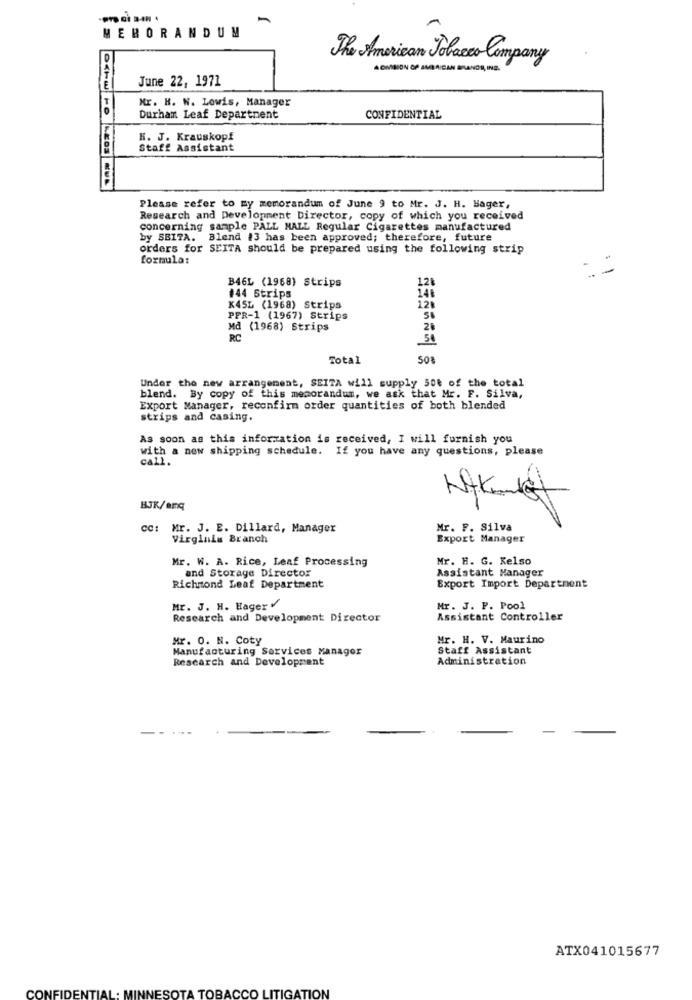
MEMORANDUM
The American Tobacco Company
ADMISION OF AMERICAN BRANDE, IND.
June 22, 1971
Mr. H. W. Lowis, Manager
Durham Leaf Department
CONFIDENTIAL
K. J. Krauskopf
Staff Assistant
Please refer to my memorandum of June 9 to Mr. J. H. Bager,
Research and Development Director, copy of which you received
concerning sample PALL MALL Regular Cigarettes manufactured
by SBITA. Blend #3 has been approved; therefore, future
orders for SEITA should be prepared using the following strip
formula:
B46L (1968) Strips
#44 Strips
146
K45L (1968) Strips
12%
PFR-1 (1967) Strips
Md (1968) Strips
26
RC
50
Total
508
Under the new arrangement, SEITA will supply 500 of the total
blend. By copy of this memorandum, we ask that Mr. F. Silva,
Export Manager, reconfirm order quantities of both blended
strips and casing.
As soon as this information is received, I will furnish you
with a new shipping schedule. If you have any questions, please
call.
BJK/ORq
cc: Mr. J. E. Dillard, Manager
Mr. F. Silva
Virginlu Branch
Export Manager
Mr. W. A. Rice, Leaf Processing
Mr. H. G. Kelso
and Storage Director
Assistant Manager
Export Import Department
Richmond Leaf Department
Mr. J. H. Hager V
Mr. J. P. Pool
Research and Development Director
Assistant Controller
Mr. O. N. Coty
Mr. H. V. Maurino
Manufacturing Services Manager
Staff Assistant
Research and Development
Administration
ATX041015677
CONFIDENTIA
INESOTA TOBACCO LITIGATION